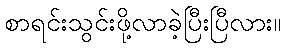
စာရင်းသွင်းဖို့လာခဲ့ပြီးပြီလား။